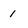
Character: 1